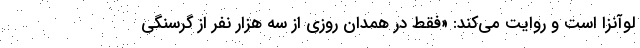
لوآنزا است و روایت می‌کند: «فقط در همدان روزی از سه هزار نفر از گرسنگی